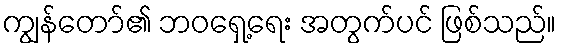
ကျွန်တော်၏ ဘဝရှေ့ရေး အတွက်ပင် ဖြစ်သည်။